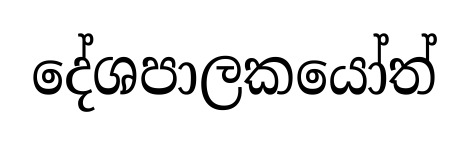
දේශපාලකයෝත්